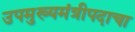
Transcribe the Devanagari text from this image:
उपमुख्यमंत्रीपदाचा